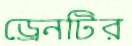
ড্রেনটির